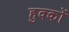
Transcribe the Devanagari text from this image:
हुक्‍कों